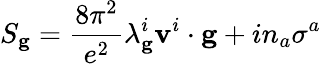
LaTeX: S_{\mathbf g}=\frac{8\pi^{2}}{e^{2}}\lambda_{\mathbf g}^{i}{\mathbf v}^{i}\cdot{\mathbf g}+in_{a}\sigma^{a}